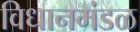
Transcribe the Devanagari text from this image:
विधानमंडळ